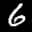
Label: 6